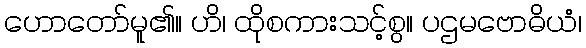
ဟောတော်မူ၏။ ဟိ၊ ထိုစကားသင့်စွ။ ပဌမဗောဓိယံ၊